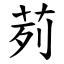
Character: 茢